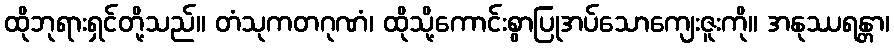
ထိုဘုရားရှင်တို့သည်။ တံသုကတဂုဏံ၊ ထိုသို့ကောင်းစွာပြုအပ်သောကျေးဇူးကို။ အနုဿရန္တာ၊